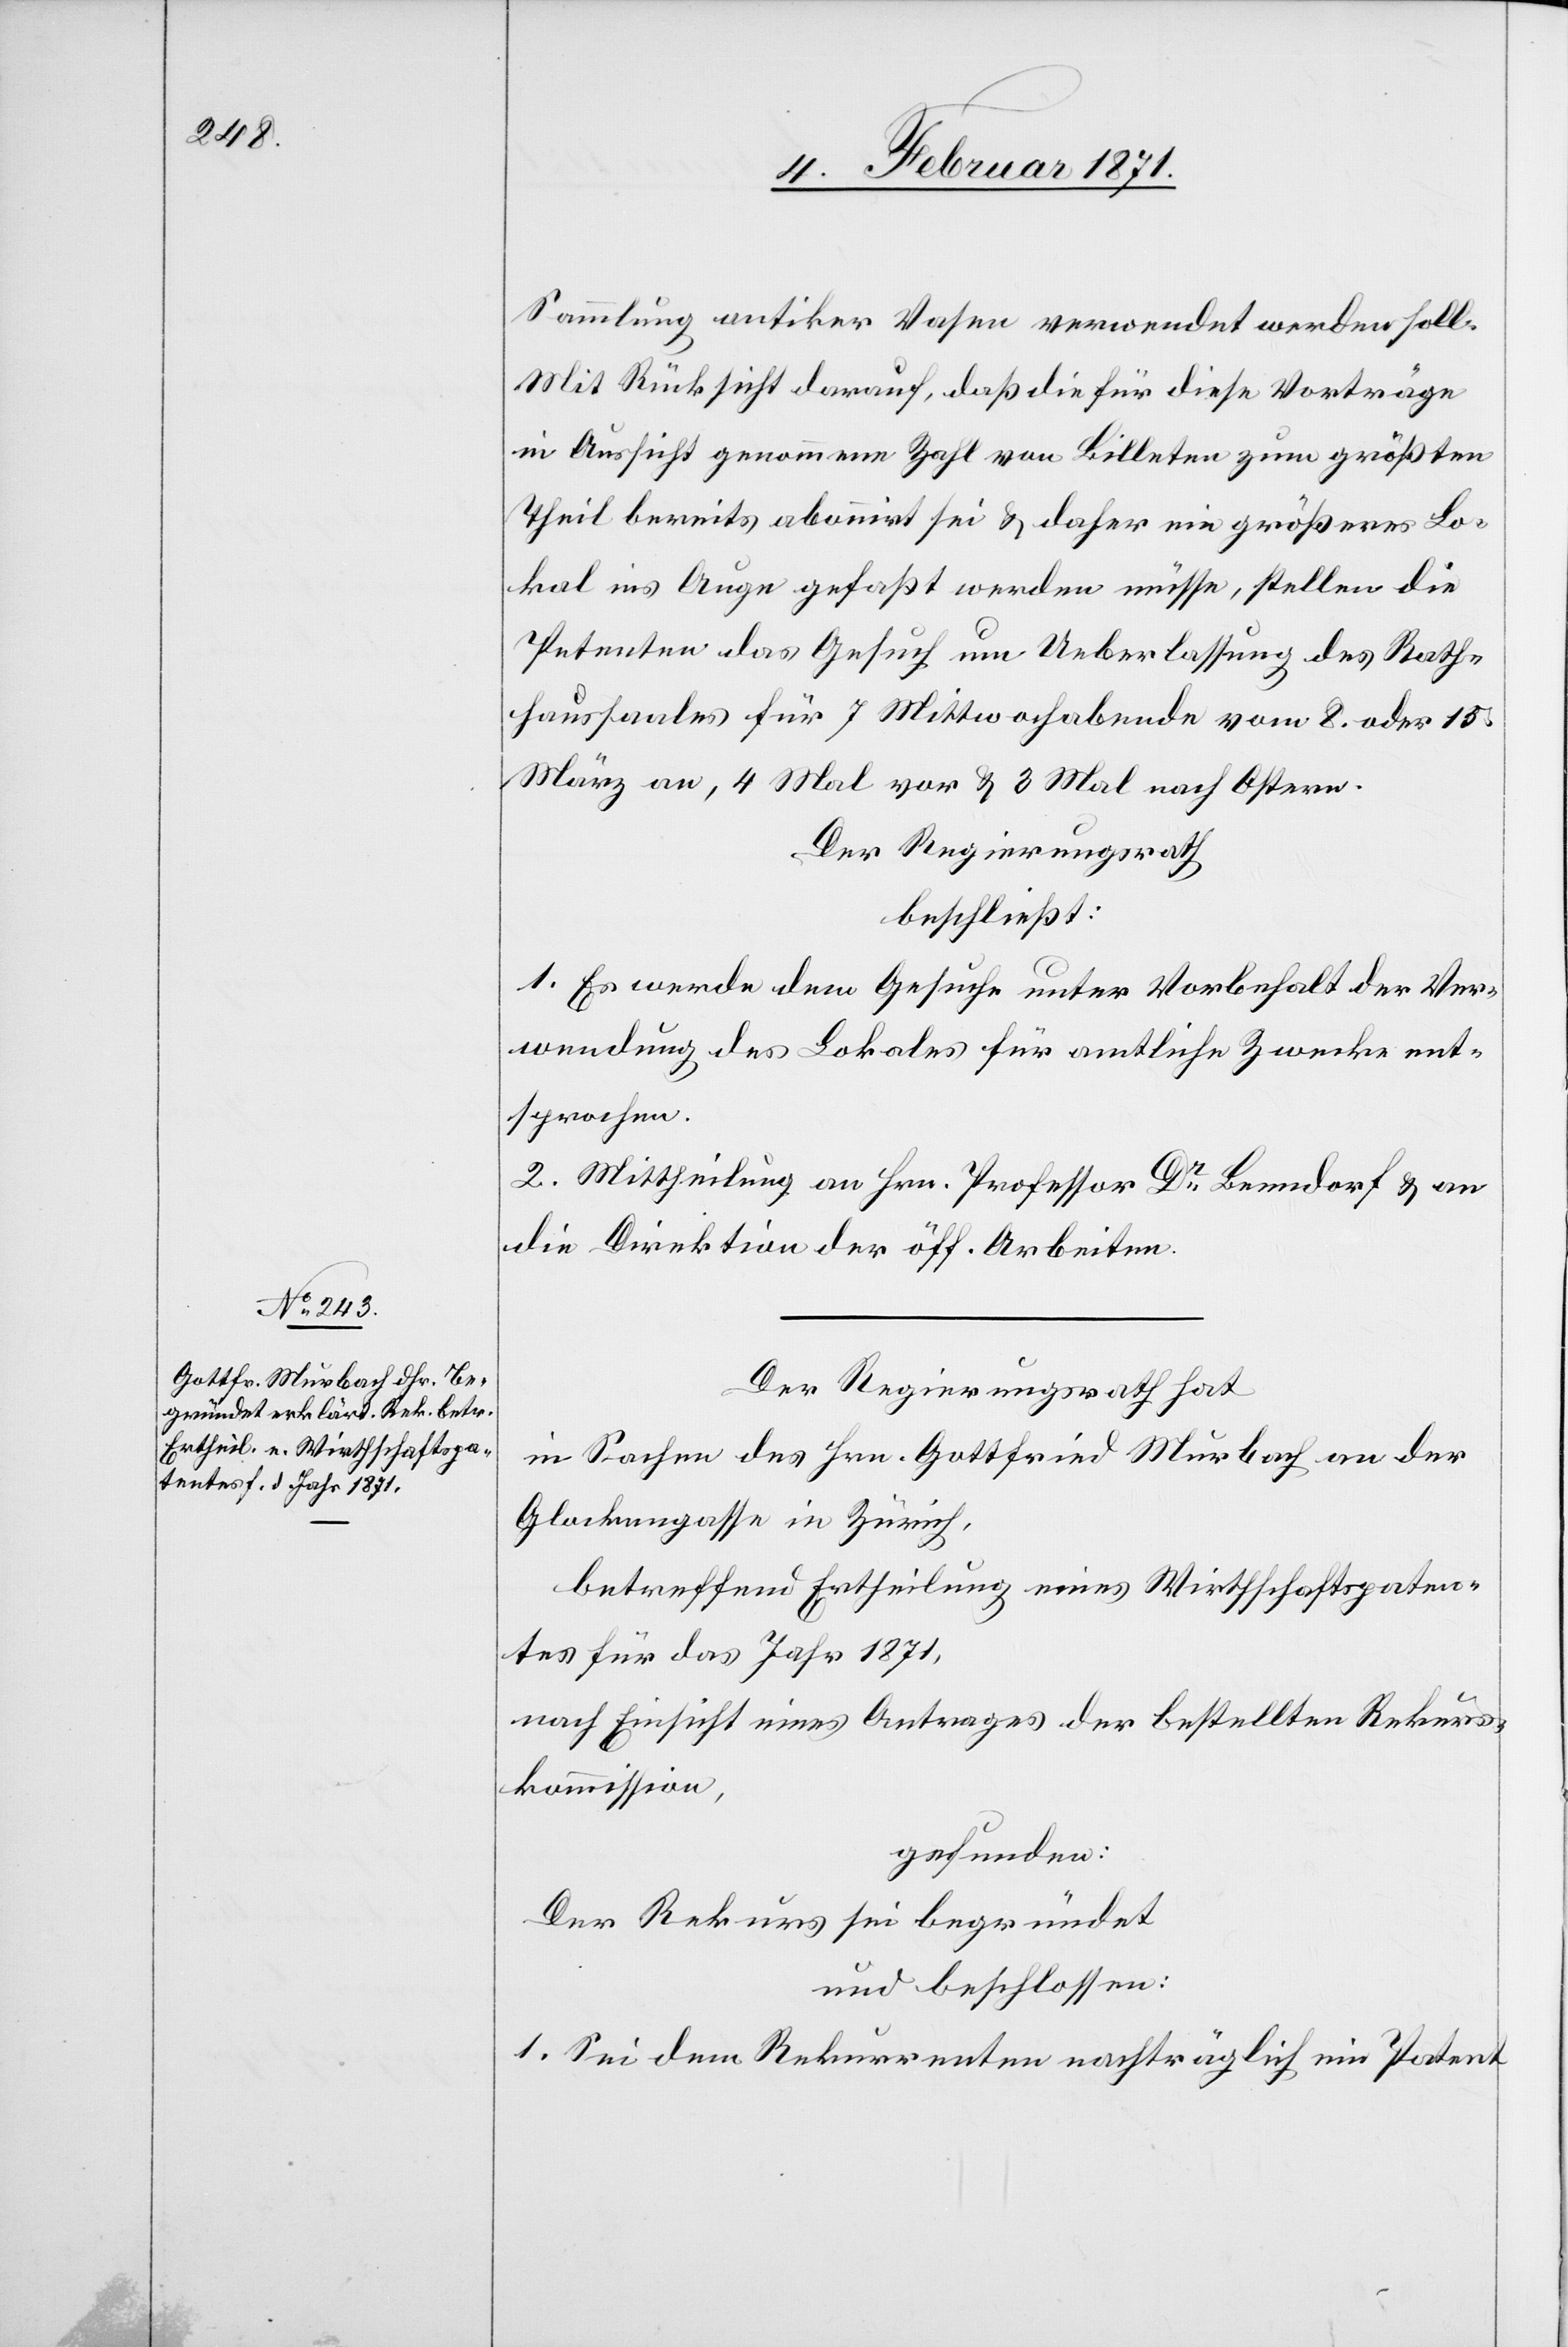
Sammlung antiker Vasen verwendet werden soll.
Mit Rücksicht darauf, daß die für diese Vorträge
in Aussicht genommene Zahl von Billeten zum größten
Theil bereits abonnirt sei u. daher ein größeres Lo¬
kal ins Auge gefaßt werden müsse, stellen die
Petenten das Gesuch um Ueberlassung des Rath¬
haussaales für 7 Mittwochabende vom 8. oder 15.
März an, 4 Mal vor u. 3 Mal nach Ostern.
Der Regierungsrath
beschließt:
1. Es werde dem Gesuche unter Vorbehalt der Ver¬
wendung des Lokales für amtliche Zwecke ent¬
sprochen.
2. Mittheilung an Hrn. Professor Dr. Benndorf u. an
die Direktion der öff. Arbeiten.
Der Regierungsrath hat
in Sachen des Hrn. Gottfried Murbach an der
Glockengasse in Zürich,
betreffend Ertheilung eines Wirthschaftspaten¬
tes für das Jahr 1871,
nach Einsicht eines Antrages der bestellten Rekurs¬
kommission,
gefunden:
Der Rekurs sei begründet
und beschlossen:
1. Sei dem Rekurrenten nachträglich ein Patent